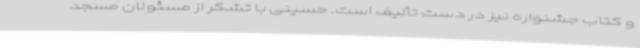
و کتاب جشنواره نیز در دست تألیف است. حسینی با تشکر از مسئولان مسجد